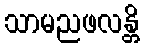
သာမညဖလန္တိ